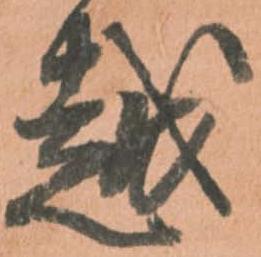
越